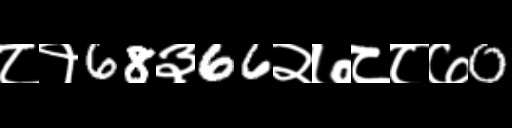
Text: ८१68३66२७८८७0